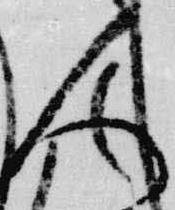
人